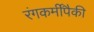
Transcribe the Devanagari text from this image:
रंगकर्मींपैकी